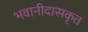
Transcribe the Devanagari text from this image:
भवानीदासकृत